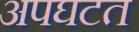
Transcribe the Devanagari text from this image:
अपघटत